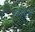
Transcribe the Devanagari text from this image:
श्लेगन